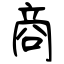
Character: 商